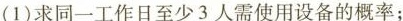
(1) 求同一工作日至少3人需使用设备的概率；